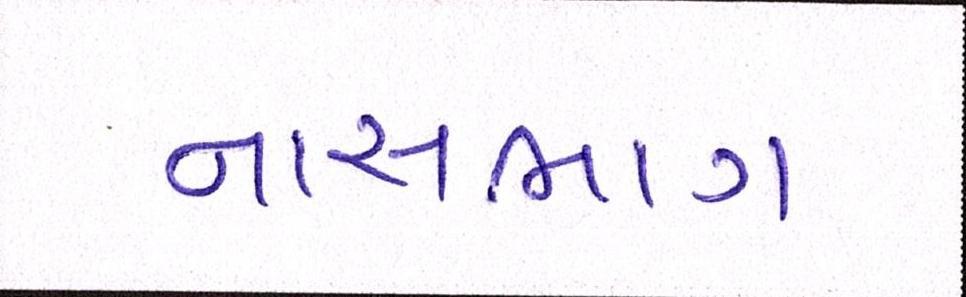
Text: નાસભાગ